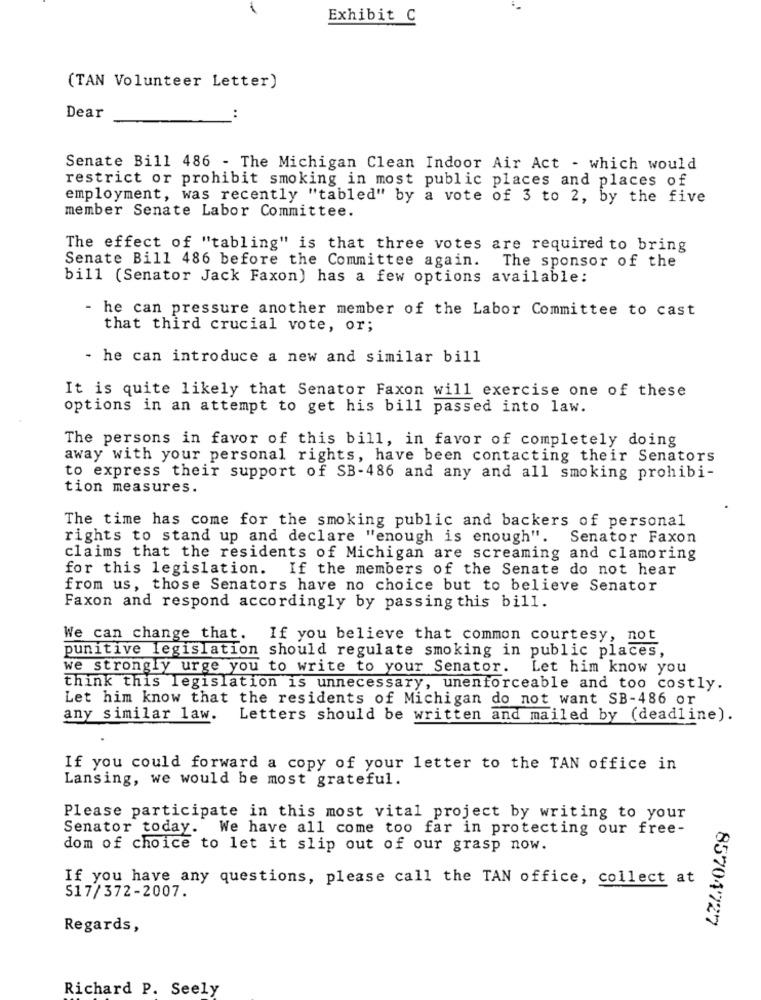
Exhibit C
(TAN Volunteer Letter)
Dear
..
Senate Bill 486 - The Michigan Clean Indoor Air Act - which would
restrict or prohibit smoking in most public places and places of
employment, was recently "tabled" by a vote of 3 to 2, by the five
member Senate Labor Committee.
The effect of "tabling" is that three votes are required to bring
Senate Bill 486 before the Committee again. The sponsor of the
bill (Senator Jack Faxon) has a few options available:
- he can pressure another member of the Labor Committee to cast
that third crucial vote, or;
- he can introduce a new and similar bill
It is quite likely that Senator Faxon will exercise one of these
options in an attempt to get his bill passed into law.
The persons in favor of this bill, in favor of completely doing
away with your personal rights, have been contacting their Senators
to express their support of SB-486 and any and all smoking prohibi-
tion measures.
The time has come for the smoking public and backers of personal
rights to stand up and declare "enough is enough". Senator Faxon
claims that the residents of Michigan are screaming and clamoring
for this legislation. If the members of the Senate do not hear
from us, those Senators have no choice but to believe Senator
Faxon and respond accordingly by passing this bill.
We can change that. If you believe that common courtesy, not
punitive legislation should regulate smoking in public places,
we strongly urge you to write to your Senator. Let him know you
think this legislation is unnecessary, unenforceable and too costly.
Let him know that the residents of Michigan do not want SB-486 or
any similar law. Letters should be written and mailed by (deadline).
If you could forward a copy of your letter to the TAN office in
Lansing, we would be most grateful.
Please participate in this most vital project by writing to your
Senator today. We have all come too far in protecting our free-
dom of choice to let it slip out of our grasp now.
If you have any questions, please call the TAN office, collect at
S17/372-2007.
85704'727
Regards,
Richard P. Seely